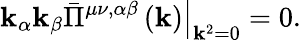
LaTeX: \left.\mathbf{k}_{\alpha}\mathbf{k}_{\beta}\bar{{\Pi}}^{\mu\nu,\alpha\beta}\left(\mathbf{k}\right)\right|_{\mathbf{k}^{2}=0}=0.